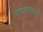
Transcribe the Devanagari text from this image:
घेण्यासाठीसंपूर्ण